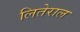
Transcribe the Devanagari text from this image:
लितेराल